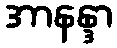
အာနန္ဒာ